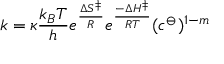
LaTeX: k = \kappa { \frac { k _ { B } T } { h } } e ^ { \frac { \Delta S ^ { \ddagger } } { R } } e ^ { \frac { - \Delta H ^ { \ddagger } } { R T } } ( c ^ { \ominus } ) ^ { 1 - m }